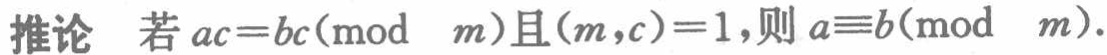
推论 若 \(ac = bc(\bmod\ m)\)且\((m,c)=1\),则 \(a\equiv b(\bmod\ m)\).